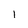
Character: l